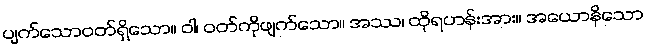
ပျက်သောဝတ်ရှိသော။ ဝါ၊ ဝတ်ကိုဖျက်သော။ အဿ၊ ထိုရဟန်းအား။ အယောနိသော